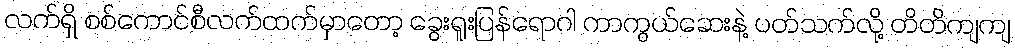
လက်ရှိ စစ်ကောင်စီလက်ထက်မှာတော့ ခွေးရူးပြန်ရောဂါ ကာကွယ်ဆေးနဲ့ ပတ်သက်လို့ တိတိကျကျ